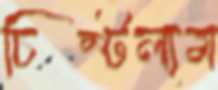
চিম্‌টলাম